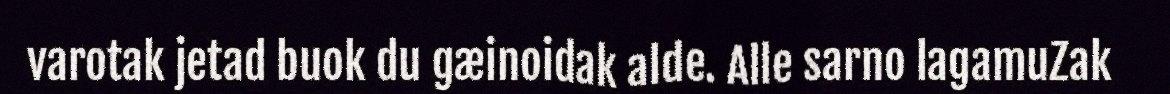
varotak jetad buok du gæinoidak alde. Alle sarno lagamuZak